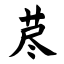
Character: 荩